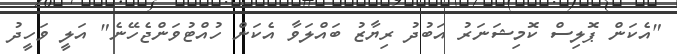
"އެކަން ޕޮލިސް ކޮމިޝަނަރު އަބުދު ރިޔާޒު ބައްލަވާ އެކަން ހުއްޓުވަންޖެހޭނެ" އަލީ ވަހީދު